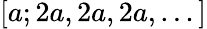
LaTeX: [a;2a,2a,2a,...]